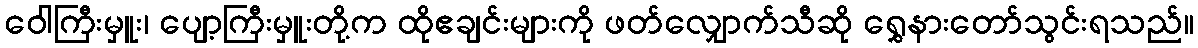
ဝေါကြီးမှူး၊ ပျော့ကြီးမှူးတို့က ထိုဧချင်းများကို ဖတ်လျှောက်သီဆို ရွှေနားတော်သွင်းရသည်။